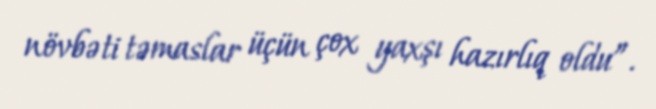
növbəti təmaslar üçün çox yaxşı hazırlıq oldu”.